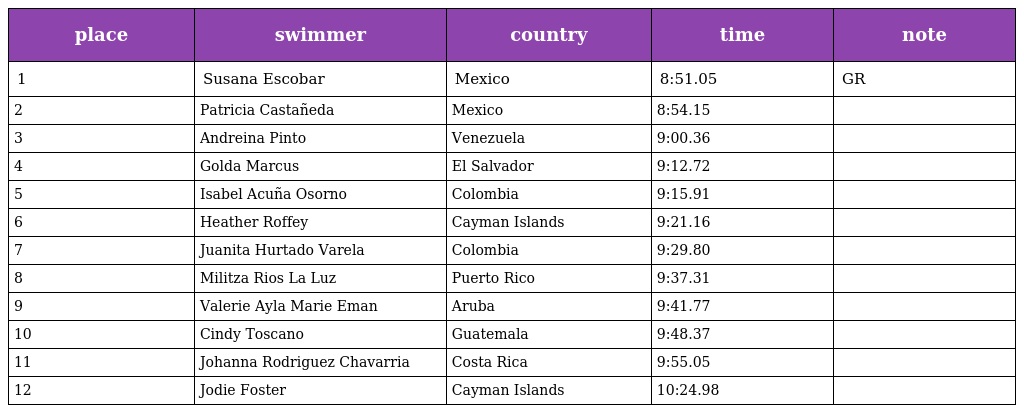
| place | swimmer | country | time | note |
 | --- | --- | --- | --- | --- |
 | 1 | Susana Escobar | Mexico | 8:51.05 | GR |
 | 2 | Patricia Castañeda | Mexico | 8:54.15 |  |
 | 3 | Andreina Pinto | Venezuela | 9:00.36 |  |
 | 4 | Golda Marcus | El Salvador | 9:12.72 |  |
 | 5 | Isabel Acuña Osorno | Colombia | 9:15.91 |  |
 | 6 | Heather Roffey | Cayman Islands | 9:21.16 |  |
 | 7 | Juanita Hurtado Varela | Colombia | 9:29.80 |  |
 | 8 | Militza Rios La Luz | Puerto Rico | 9:37.31 |  |
 | 9 | Valerie Ayla Marie Eman | Aruba | 9:41.77 |  |
 | 10 | Cindy Toscano | Guatemala | 9:48.37 |  |
 | 11 | Johanna Rodriguez Chavarria | Costa Rica | 9:55.05 |  |
 | 12 | Jodie Foster | Cayman Islands | 10:24.98 |  |